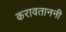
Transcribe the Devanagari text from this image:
करावताननी